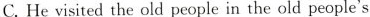
C. He visited the old people in the old people's